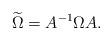
LaTeX: \begin{align*} \widetilde{\Omega}=A^{-1}\Omega A.\end{align*}